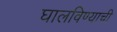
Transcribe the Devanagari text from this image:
घालविण्याची